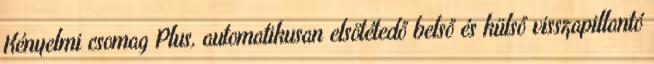
Kényelmi csomag Plus, automatikusan elsötétedő belső és külső visszapillantó